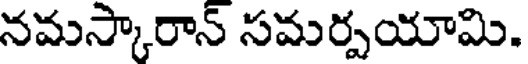
నమస్కారాన్ సమర్పయామి.